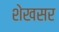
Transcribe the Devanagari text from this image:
शेखसर